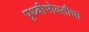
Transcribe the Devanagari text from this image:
पृथ्वीभोवतीचा